Civil Veterinary Department Bihar reports 1936-40 - 1936-1940
Year: 1936
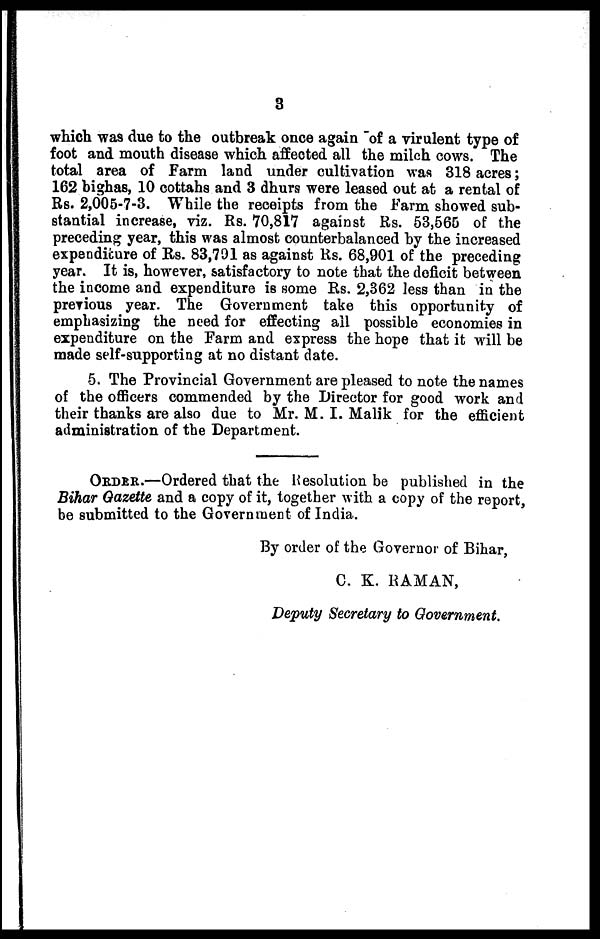
3
which was due to the outbreak once again of a virulent type of
foot and mouth disease which affected all the milch cows. The
total area of Farm land under cultivation was 318 acres;
162 bighas, 10 cottahs and 3 dhurs were leased out at a rental of
Rs. 2,005-7-3. While the receipts from the Farm showed sub-
stantial increase, viz. Rs. 70,817 against Rs. 53,565 of the
preceding year, this was almost counterbalanced by the increased
expenditure of Rs. 83,791 as against Rs. 68,901 of the preceding
year. It is, however, satisfactory to note that the deficit between
the income and expenditure is some Rs. 2,362 less than in the
previous year. The Government take this opportunity of
emphasizing the need for effecting ail possible economies in
expenditure on the Farm and express the hope that it will be
made self-supporting at no distant date.
5. The Provincial Government are pleased to note the names
of the officers commended by the Director for good work and
their thanks are also due to Mr. M. I. Malik for the efficient
administration of the Department.
ORDER.—Ordered that the Resolution be published in the
Bihar Gazette and a copy of it, together with a copy of the report,
be submitted to the Government of India.
By order of the Governor of Bihar,
C. K. RAMAN,
Deputy Secretary to Government